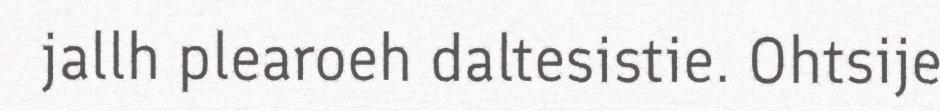
jallh plearoeh daltesistie. Ohtsije